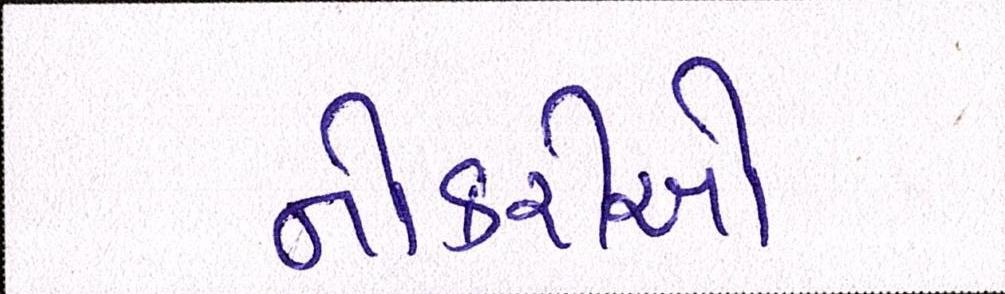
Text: નોકરીઓ